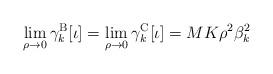
LaTeX: \begin{align*}\lim_{\rho\to 0}\gamma_k^\mathrm{B}[\iota] = \lim_{\rho\to 0}\gamma_k^\mathrm{C}[\iota] = MK\rho^2\beta_{k}^2\end{align*}